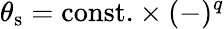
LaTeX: \theta_{\mathrm{s}}=\mathrm{const.}\times(-)^{q}